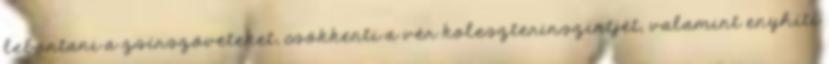
lebontani a zsírszöveteket, csökkenti a vér koleszterinszintjét, valamint enyhíti